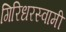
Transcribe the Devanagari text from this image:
गिरिधरस्वामी